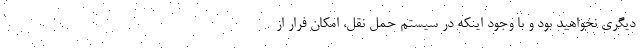
دیگری نخواهید بود و با وجود اینکه در سیستم حمل نقل، امکان فرار از